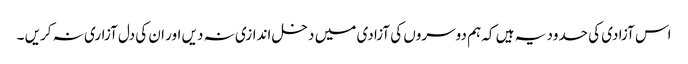
اس آزادی کی حدود یہ ہیں کہ ہم دوسروں کی آزادی میں دخل اندازی نہ دیں اور ان کی دل آزاری نہ کریں ۔